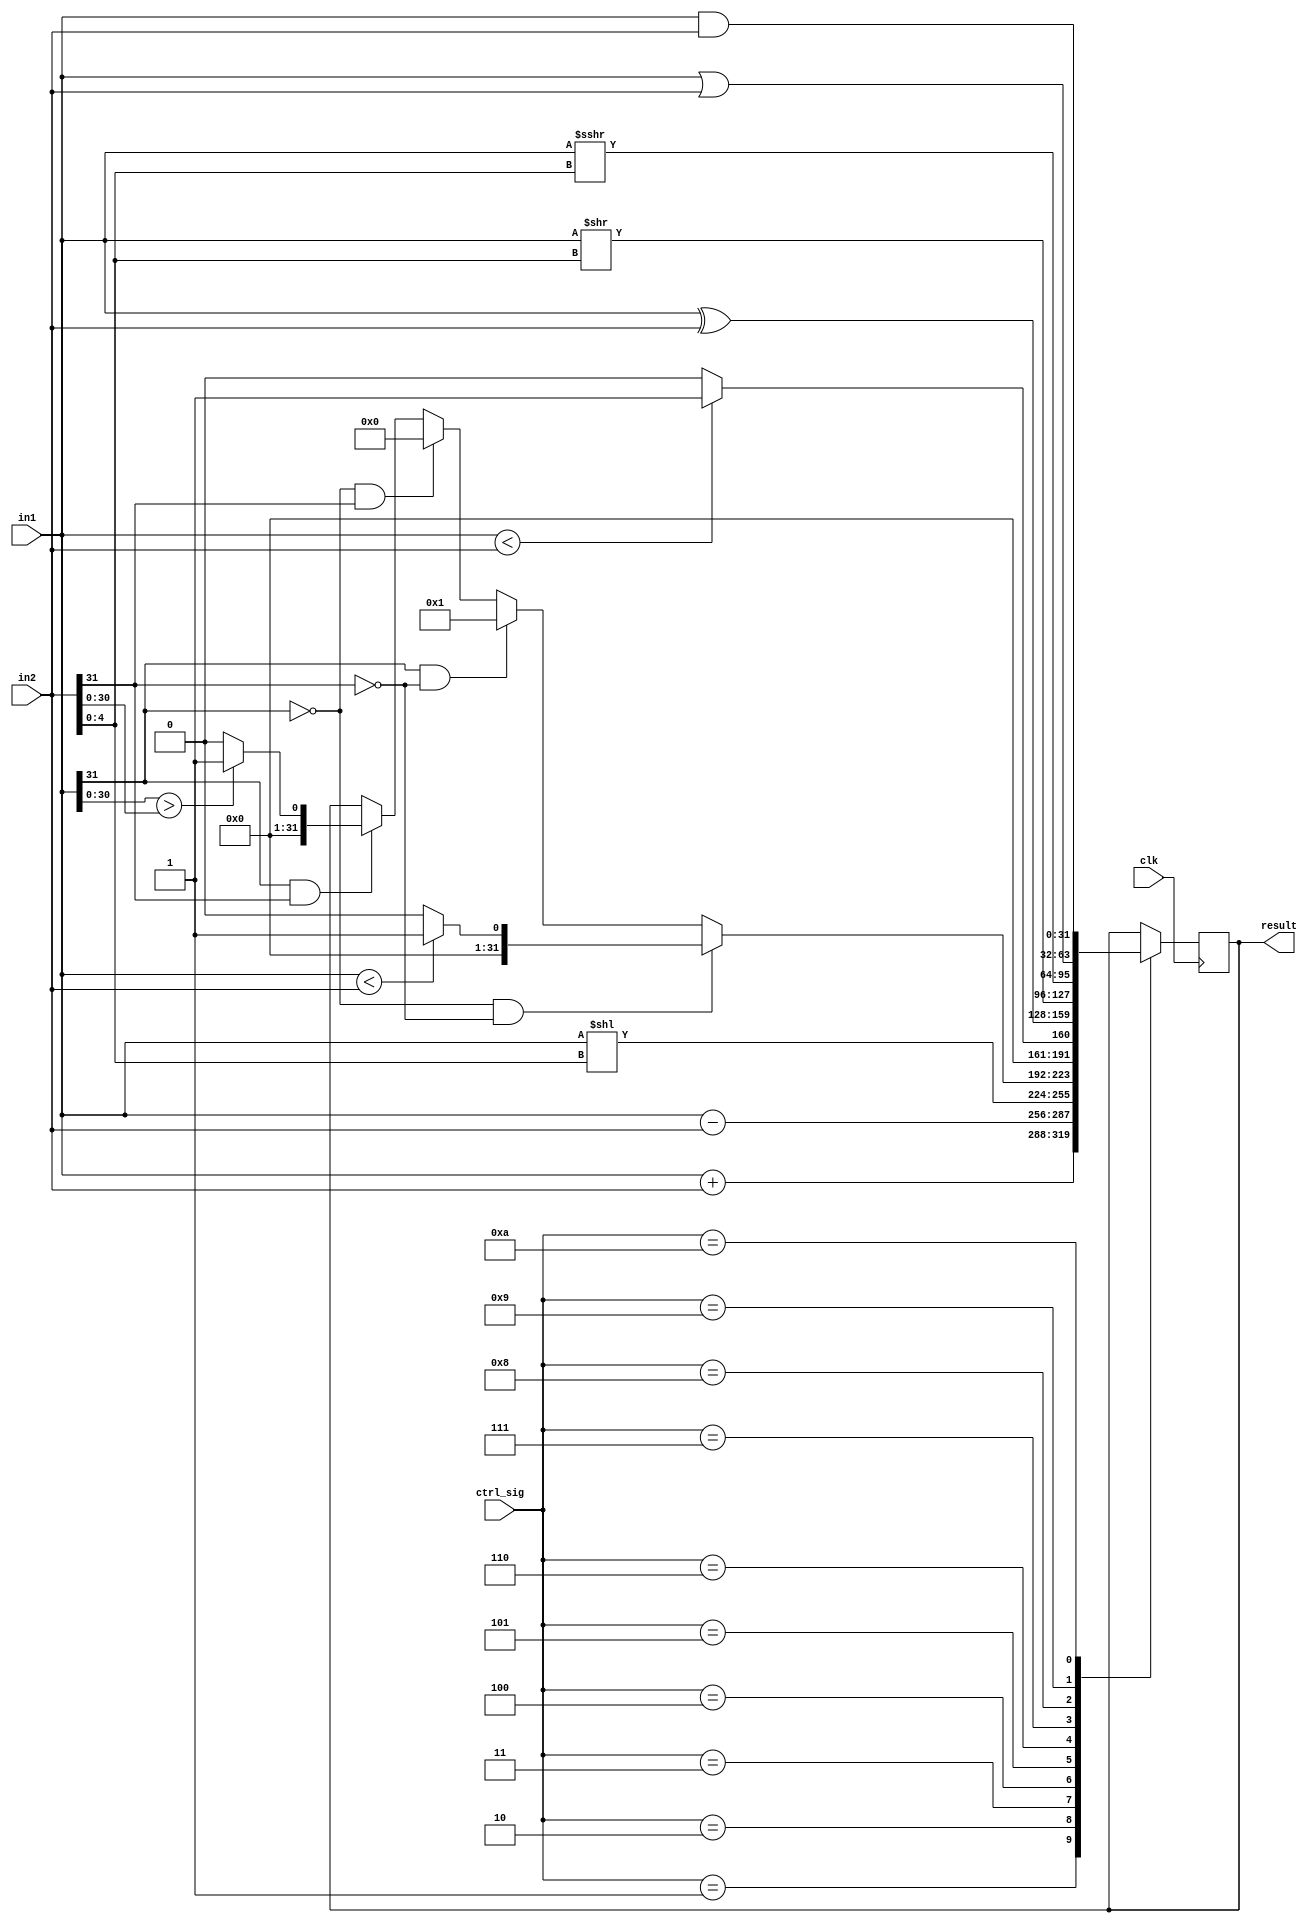
`timescale 1ns / 1ps
//////////////////////////////////////////////////////////////////////////////////
// Company: 
// Engineer: 
// 
// Design Name: 
// Module Name: ALU_unit
// Project Name: 
// Target Devices: 
// Tool Versions: 
// Description: 
// 
// Dependencies: 
// 
// Revision:
// Revision 0.01 - File Created
// Additional Comments:
// 
//////////////////////////////////////////////////////////////////////////////////

module ALU_unit( ctrl_sig,in1,in2,result,clk);
    input clk;
    input [3:0] ctrl_sig;
    input signed [31:0] in1;
    input signed [31:0] in2;
    output reg signed [31:0] result;
    
    always@(posedge clk)
      #1  case(ctrl_sig)
            4'b0001: result<=in1 + in2;
            
            4'b0010: result<=in1 - in2;
            
            4'b0011: result<=in1 << in2[4:0];
            
            4'b0100:    begin
                            if(in1[31]==0 && in2[31]==0)
                                begin
                                    if(in1 < in2)
                                    result<=32'b1;
                                    else
                                    result<=32'b0;
                                end
                                else if(in1[31]==1 && in2[31]==0)
                                      result<=32'b1;
                                else if(in1[31]==0 && in2[31]==1)
                                      result<=32'b0;
                                 else if(in1[31]==1&&in2[31]==1)
                                    begin
                                    if(in1[30:0] > in2[30:0])
                                    result<=32'b1;
                                    else
                                    result<=32'b0;
                                    end
                         end
                         
            4'b0101:  if(in1[31:0] < in2[31:0])
                        result<=32'b1;
                        else
                        result<=32'b0;
                                      
            4'b0110: result<=in1 ^ in2;
            
            4'b0111: result<=in1 >> in2[4:0];
            
            4'b1000: result<=in1 >>> in2[4:0];
            
            4'b1001: result<=in1 | in2;
            
            4'b1010: result<=in1 & in2;
            
        endcase
endmodule